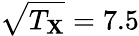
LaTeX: \sqrt{T_{\mathbf{X}}}=7.5